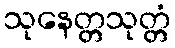
သုနေတ္တသုတ္တံ